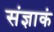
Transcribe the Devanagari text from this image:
संज्ञाकं